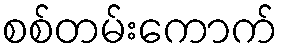
စစ်တမ်းကောက်